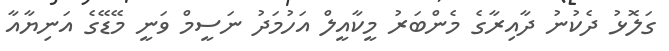
ގަލޮޅު ދެކުނު ދާއިރާގެ މެންބަރު މީކާއީލް އަހުމަދު ނަސީމް ވަނީ މޭޑޭގެ އަނިޔާއާ